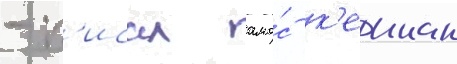
- п'исал амо́с к'еинан